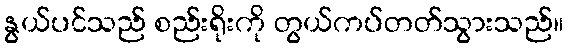
နွယ်ပင်သည် စည်းရိုးကို တွယ်ကပ်တတ်သွားသည်။